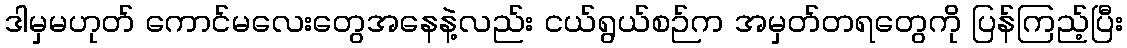
ဒါမှမဟုတ် ကောင်မလေးတွေအနေနဲ့လည်း ငယ်ရွယ်စဉ်က အမှတ်တရတွေကို ပြန်ကြည့်ပြီး